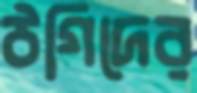
ঠগিদের